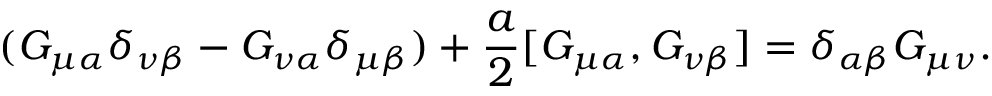
( G _ { \mu \alpha } \delta _ { \nu \beta } - G _ { \nu \alpha } \delta _ { \mu \beta } ) + \frac { a } { 2 } [ G _ { \mu \alpha } , G _ { \nu \beta } ] = \delta _ { \alpha \beta } G _ { \mu \nu } .